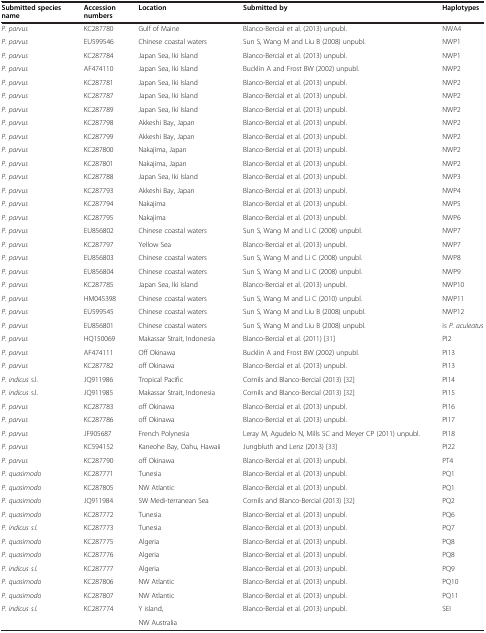
<table><thead><tr><td><b>Submitted species name</b></td><td><b>Accession numbers</b></td><td><b>Location</b></td><td><b>Submitted by</b></td><td><b>Haplotypes</b></td></tr></thead><tbody><tr><td><i>P. parvus</i></td><td>KC287780</td><td>Gulf of Maine</td><td>Blanco-Bercial et al. (2013) unpubl.</td><td>NWA4</td></tr><tr><td><i>P. parvus</i></td><td>EU599546</td><td>Chinese coastal waters</td><td>Sun S, Wang M and Liu B (2008) unpubl.</td><td>NWP1</td></tr><tr><td><i>P. parvus</i></td><td>KC287784</td><td>Japan Sea, Iki Island</td><td>Blanco-Bercial et al. (2013) unpubl.</td><td>NWP1</td></tr><tr><td><i>P. parvus</i></td><td>AF474110</td><td>Japan Sea, Iki Island</td><td>Bucklin A and Frost BW (2002) unpubl.</td><td>NWP2</td></tr><tr><td><i>P. parvus</i></td><td>KC287781</td><td>Japan Sea, Iki Island</td><td>Blanco-Bercial et al. (2013) unpubl.</td><td>NWP2</td></tr><tr><td><i>P. parvus</i></td><td>KC287787</td><td>Japan Sea, Iki Island</td><td>Blanco-Bercial et al. (2013) unpubl.</td><td>NWP2</td></tr><tr><td><i>P. parvus</i></td><td>KC287789</td><td>Japan Sea, Iki Island</td><td>Blanco-Bercial et al. (2013) unpubl.</td><td>NWP2</td></tr><tr><td><i>P. parvus</i></td><td>KC287798</td><td>Akkeshi Bay, Japan</td><td>Blanco-Bercial et al. (2013) unpubl.</td><td>NWP2</td></tr><tr><td><i>P. parvus</i></td><td>KC287799</td><td>Akkeshi Bay, Japan</td><td>Blanco-Bercial et al. (2013) unpubl.</td><td>NWP2</td></tr><tr><td><i>P. parvus</i></td><td>KC287800</td><td>Nakajima, Japan</td><td>Blanco-Bercial et al. (2013) unpubl.</td><td>NWP2</td></tr><tr><td><i>P. parvus</i></td><td>KC287801</td><td>Nakajima, Japan</td><td>Blanco-Bercial et al. (2013) unpubl.</td><td>NWP2</td></tr><tr><td><i>P. parvus</i></td><td>KC287788</td><td>Japan Sea, Iki Island</td><td>Blanco-Bercial et al. (2013) unpubl.</td><td>NWP3</td></tr><tr><td><i>P. parvus</i></td><td>KC287793</td><td>Akkeshi Bay, Japan</td><td>Blanco-Bercial et al. (2013) unpubl.</td><td>NWP4</td></tr><tr><td><i>P. parvus</i></td><td>KC287794</td><td>Nakajima</td><td>Blanco-Bercial et al. (2013) unpubl.</td><td>NWP5</td></tr><tr><td><i>P. parvus</i></td><td>KC287795</td><td>Nakajima</td><td>Blanco-Bercial et al. (2013) unpubl.</td><td>NWP6</td></tr><tr><td><i>P. parvus</i></td><td>EU856802</td><td>Chinese coastal waters</td><td>Sun S, Wang M and Li C (2008) unpubl.</td><td>NWP7</td></tr><tr><td><i>P. parvus</i></td><td>KC287797</td><td>Yellow Sea</td><td>Blanco-Bercial et al. (2013) unpubl.</td><td>NWP7</td></tr><tr><td><i>P. parvus</i></td><td>EU856803</td><td>Chinese coastal waters</td><td>Sun S, Wang M and Li C (2008) unpubl.</td><td>NWP8</td></tr><tr><td><i>P. parvus</i></td><td>EU856804</td><td>Chinese coastal waters</td><td>Sun S, Wang M and Li C (2008) unpubl.</td><td>NWP9</td></tr><tr><td><i>P. parvus</i></td><td>KC287785</td><td>Japan Sea, Iki island</td><td>Blanco-Bercial et al. (2013) unpubl.</td><td>NWP10</td></tr><tr><td><i>P. parvus</i></td><td>HM045398</td><td>Chinese coastal waters</td><td>Sun S, Wang M and Li C (2010) unpubl.</td><td>NWP11</td></tr><tr><td><i>P. parvus</i></td><td>EU599545</td><td>Chinese coastal waters</td><td>Sun S, Wang M and Liu B (2008) unpubl.</td><td>NWP12</td></tr><tr><td><i>P. parvus</i></td><td>EU856801</td><td>Chinese coastal waters</td><td>Sun S, Wang M and Liu B (2008) unpubl.</td><td>is <i>P. aculeatus</i></td></tr><tr><td><i>P. parvus</i></td><td>HQ150069</td><td>Makassar Strait, Indonesia</td><td>Blanco-Bercial et al. (2011) [31]</td><td>PI2</td></tr><tr><td><i>P. parvus</i></td><td>AF474111</td><td>Off Okinawa</td><td>Bucklin A and Frost BW (2002) unpubl.</td><td>PI13</td></tr><tr><td><i>P. parvus</i></td><td>KC287782</td><td>off Okinawa</td><td>Blanco-Bercial et al. (2013) unpubl.</td><td>PI13</td></tr><tr><td><i>P. indicus</i> s.l.</td><td>JQ911986</td><td>Tropical Pacific</td><td>Cornils and Blanco-Bercial (2013) [32]</td><td>PI14</td></tr><tr><td><i>P. indicus</i> s.l.</td><td>JQ911985</td><td>Makassar Strait, Indonesia</td><td>Cornils and Blanco-Bercial (2013) [32]</td><td>PI15</td></tr><tr><td><i>P. parvus</i></td><td>KC287783</td><td>off Okinawa</td><td>Blanco-Bercial et al. (2013) unpubl.</td><td>PI16</td></tr><tr><td><i>P. parvus</i></td><td>KC287786</td><td>off Okinawa</td><td>Blanco-Bercial et al. (2013) unpubl.</td><td>PI17</td></tr><tr><td><i>P. parvus</i></td><td>JF905687</td><td>French Polynesia</td><td>Leray M, Agudelo N, Mills SC and Meyer CP (2011) unpubl.</td><td>PI18</td></tr><tr><td><i>P. parvus</i></td><td>KC594152</td><td>Kaneohe Bay, Oahu, Hawaii</td><td>Jungbluth and Lenz (2013) [33]</td><td>PI22</td></tr><tr><td><i>P. parvus</i></td><td>KC287790</td><td>off Okinawa</td><td>Blanco-Bercial et al. (2013) unpubl.</td><td>PT4</td></tr><tr><td><i>P. quasimodo</i></td><td>KC287771</td><td>Tunesia</td><td>Blanco-Bercial et al. (2013) unpubl.</td><td>PQ1</td></tr><tr><td><i>P. quasimodo</i></td><td>KC287805</td><td>NW Atlantic</td><td>Blanco-Bercial et al. (2013) unpubl.</td><td>PQ1</td></tr><tr><td><i>P. quasimodo</i></td><td>JQ911984</td><td>SW Medi-terranean Sea</td><td>Cornils and Blanco-Bercial (2013) [32]</td><td>PQ2</td></tr><tr><td><i>P. quasimodo</i></td><td>KC287772</td><td>Tunesia</td><td>Blanco-Bercial et al. (2013) unpubl.</td><td>PQ6</td></tr><tr><td><i>P. indicus s.l.</i></td><td>KC287773</td><td>Tunesia</td><td>Blanco-Bercial et al. (2013) unpubl.</td><td>PQ7</td></tr><tr><td><i>P. quasimodo</i></td><td>KC287775</td><td>Algeria</td><td>Blanco-Bercial et al. (2013) unpubl.</td><td>PQ8</td></tr><tr><td><i>P. quasimodo</i></td><td>KC287776</td><td>Algeria</td><td>Blanco-Bercial et al. (2013) unpubl.</td><td>PQ8</td></tr><tr><td><i>P. indicus s.l.</i></td><td>KC287777</td><td>Algeria</td><td>Blanco-Bercial et al. (2013) unpubl.</td><td>PQ9</td></tr><tr><td><i>P. quasimodo</i></td><td>KC287806</td><td>NW Atlantic</td><td>Blanco-Bercial et al. (2013) unpubl.</td><td>PQ10</td></tr><tr><td><i>P. quasimodo</i></td><td>KC287807</td><td>NW Atlantic</td><td>Blanco-Bercial et al. (2013) unpubl.</td><td>PQ11</td></tr><tr><td rowspan="2"><i>P. indicus s.l.</i></td><td rowspan="2">KC287774</td><td>Y island,</td><td rowspan="2">Blanco-Bercial et al. (2013) unpubl.</td><td rowspan="2">SEI</td></tr><tr><td>NW Australia</td></tr></tbody></table>